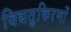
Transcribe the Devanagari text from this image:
विद्यतुकिरणों